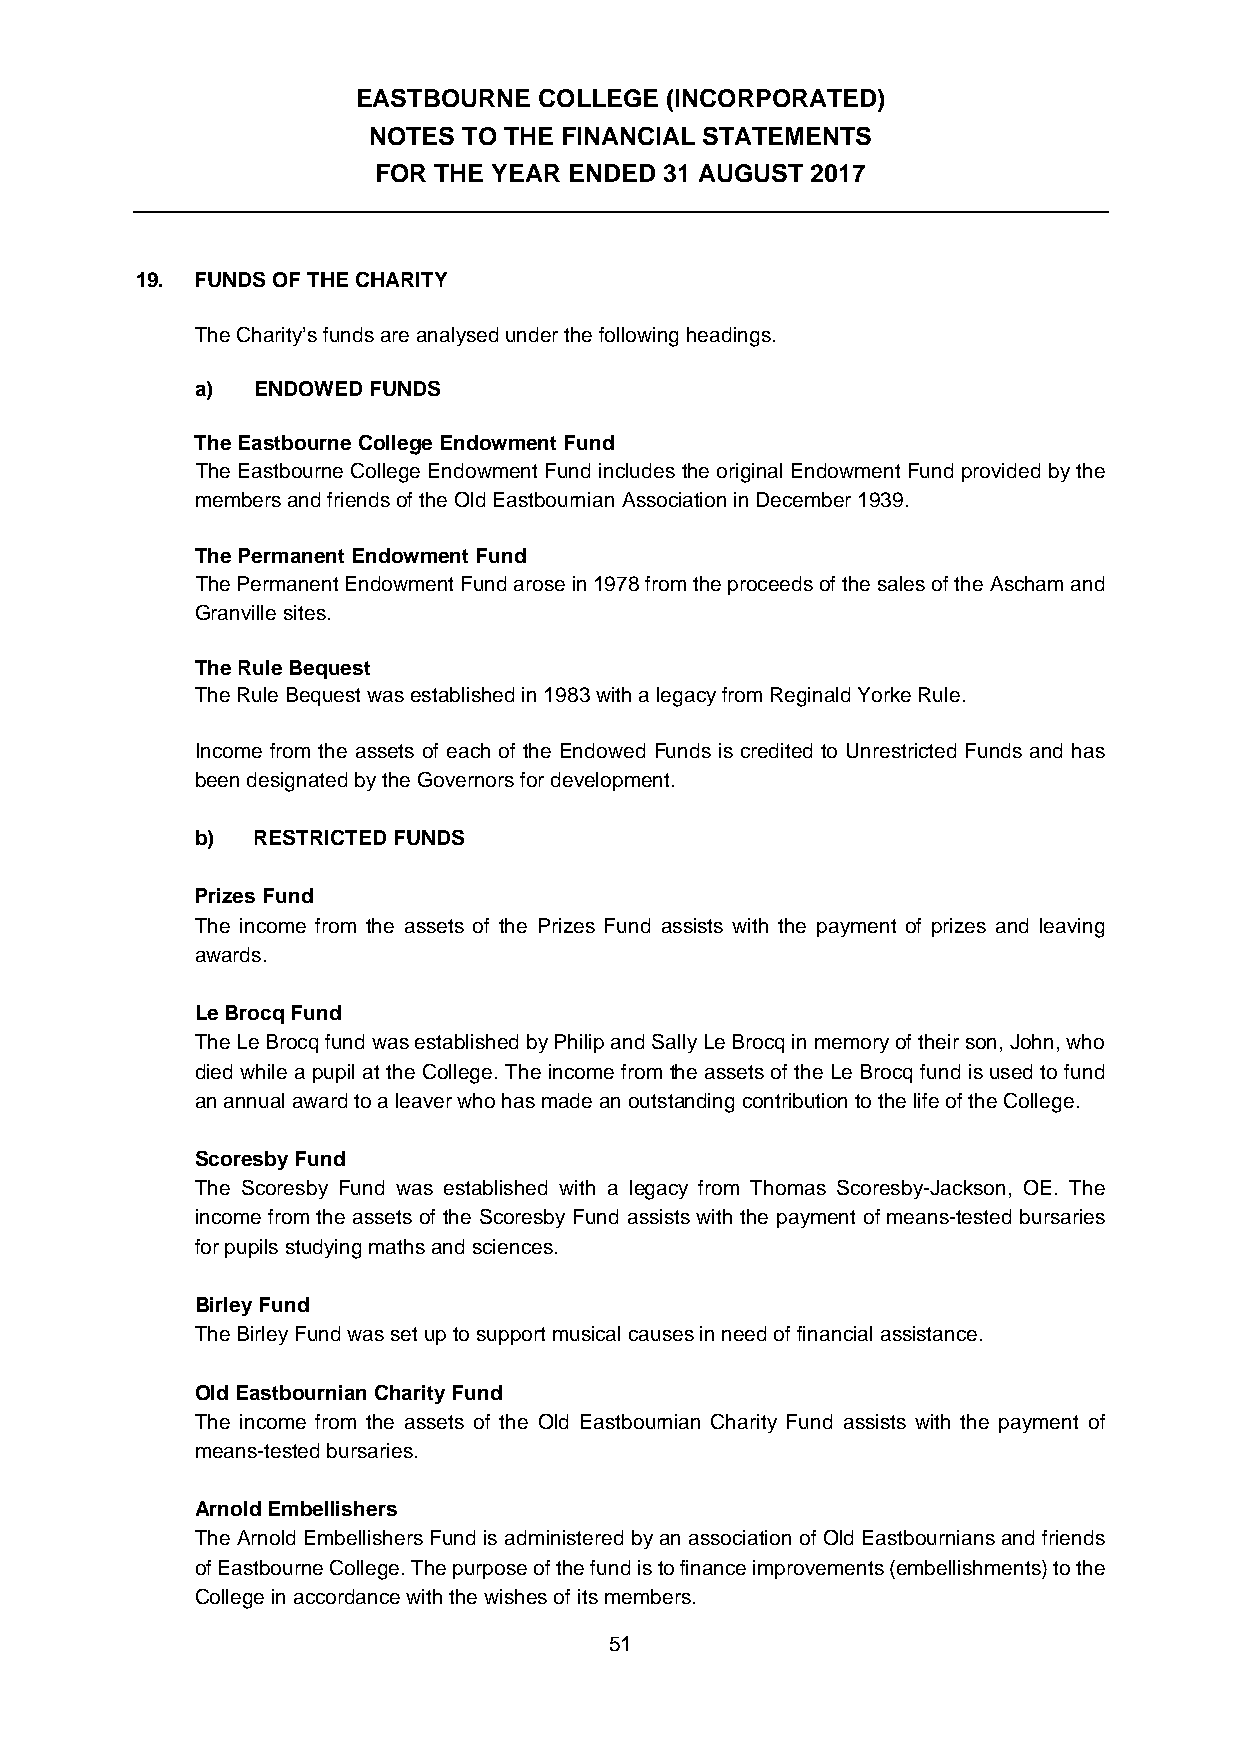
EASTBOURNE  COLLEGE (INCORPORATED)
 NOTES  TO THE FINANCIAL STATEMENTS
 FOR THE YEAR ENDED 31 AUGUST 2017
 19. FUNDS OF THE CHARITY
 The Charity’s funds are analysed under the following headings.
 a)  ENDOWED FUNDS
 The Eastbourne College Endowment Fund
 The Eastbourne College Endowment Fund includes the original Endowment Fund provided by the
 members and friends of the Old Eastbournian Association in December 1939.
 The Permanent Endowment Fund
 The Permanent Endowment Fund arose in 1978 from the proceeds of the sales of the Ascham and
 Granville sites.
 The Rule Bequest
 The Rule Bequest was established in 1983 with a legacy from Reginald Yorke Rule.
 Income from the assets of each of the Endowed Funds is credited to Unrestricted Funds and has
 been designated by the Governors for development.
 b)  RESTRICTED FUNDS
 Prizes Fund
 The income from the assets of the Prizes Fund assists with the payment of prizes and leaving
 awards.
 Le Brocq Fund
 The Le Brocq fund was established by Philip and Sally Le Brocq in memory of their son, John, who
 died while a pupil at the College. The income from the assets of the Le Brocq fund is used to fund
 an annual award to a leaver who has made an outstanding contribution to the life of the College.
 Scoresby Fund
 The Scoresby Fund was established with a legacy from Thomas Scoresby-Jackson, OE. The
 income from the assets of the Scoresby Fund assists with the payment of means-tested bursaries
 for pupils studying maths and sciences.
 Birley Fund
 The Birley Fund was set up to support musical causes in need of financial assistance.
 Old Eastbournian Charity Fund
 The income from the assets of the Old Eastbournian Charity Fund assists with the payment of
 means-tested bursaries.
 Arnold Embellishers
 The Arnold Embellishers Fund is administered by an association of Old Eastbournians and friends
 of Eastbourne College. The purpose of the fund is to finance improvements (embellishments) to the
 College in accordance with the wishes of its members.
 51